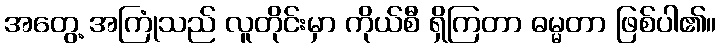
အတွေ့ အကြုံသည် လူတိုင်းမှာ ကိုယ်စီ ရှိကြတာ ဓမ္မတာ ဖြစ်ပါ၏။